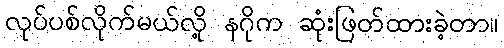
လုပ်ပစ်လိုက်မယ်လို့ နဂိုက ဆုံးဖြတ်ထားခဲ့တာ။